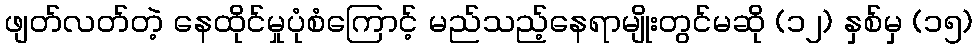
ဖျတ်လတ်တဲ့ နေထိုင်မှုပုံစံကြောင့် မည်သည့်နေရာမျိုးတွင်မဆို (၁၂) နှစ်မှ (၁၅)